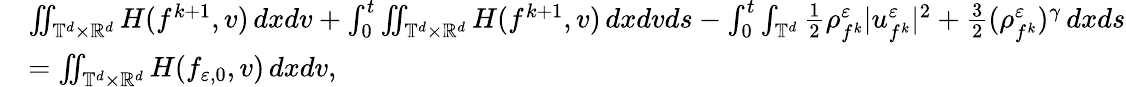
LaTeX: \begin{array}{rl}&{\iint_{\mathbb T^{d}\times\mathbb R^{d}}H(f^{k+1},v)\, dxdv+\int_{0}^{t}\iint_{\mathbb T^{d}\times\mathbb R^{d}}H(f^{k+1},v)\, dxdvds-\int_{0}^{t}\int_{\mathbb T^{d}}\frac 12\rho_{f^{k}}^{\varepsilon}|u_{f^{k}}^{\varepsilon}|^{2}+\frac 32(\rho_{f^{k}}^{\varepsilon})^{\gamma}\, dxds}\\ &{=\iint_{\mathbb T^{d}\times\mathbb R^{d}}H(f_{\varepsilon,0},v)\, dxdv,}\end{array}